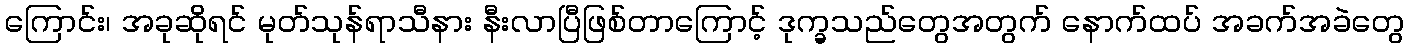
ကြောင်း၊ အခုဆိုရင် မုတ်သုန်ရာသီနား နီးလာပြီဖြစ်တာကြောင့် ဒုက္ခသည်တွေအတွက် နောက်ထပ် အခက်အခဲတွေ